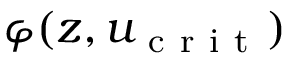
\varphi ( z , u _ { \mathrm { ~ c ~ r ~ i ~ t ~ } } )